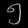
Digit: ၅